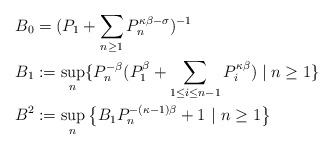
\begin{align*}B_{0} & =(P_{1}+\sum_{n\geq1}P_{n}^{\kappa\beta-\sigma})^{-1}\\B_{1} & :=\sup_{n}\{P_{n}^{-\beta}(P_{1}^{\beta}+\sum_{1\leq i\leq n-1}P_{i}^{\kappa\beta})\;|\;n\geq1\}\\B^{2} & :=\sup_{n}\left\{ B_{1}P_{n}^{-\left( \kappa-1\right) \beta}+1\ |\ n\geq1\right\} \end{align*}